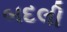
બદલી